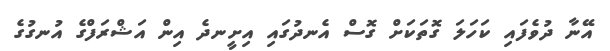
އޭނާ ދުވެފައި ކަހަލަ ގޮތަކަށް ގޮސް އެނދުގައި އިށީނދެ އިން އަޝްރަފްގެ އުނގުގެ